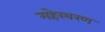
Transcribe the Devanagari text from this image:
महेस्वरण